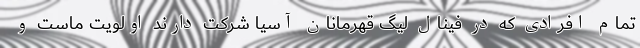
تمام افرادی که در فینال لیگ قهرمانان آسیا شرکت دارند اولویت ماست و